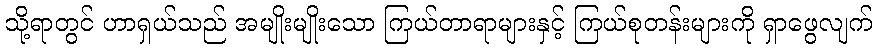
သို့ရာတွင် ဟာရှယ်သည် အမျိုးမျိုးသော ကြယ်တာရာများနှင့် ကြယ်စုတန်းများကို ရှာဖွေလျက်